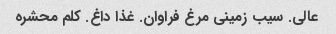
عالی. سیب زمینی مرغ فراوان. غذا داغ. کلم محشره